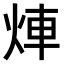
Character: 𤉖